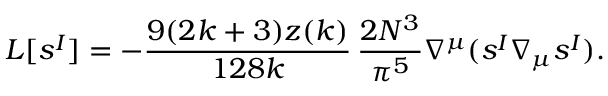
L [ s ^ { I } ] = - \frac { 9 ( 2 k + 3 ) z ( k ) } { 1 2 8 k } \, \frac { 2 N ^ { 3 } } { \pi ^ { 5 } } \nabla ^ { \mu } ( s ^ { I } \nabla _ { \mu } s ^ { I } ) .